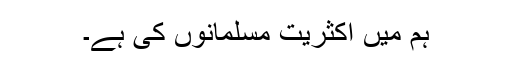
ہم میں اکثریت مسلمانوں کی ہے۔